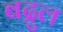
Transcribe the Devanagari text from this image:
बद्रुल